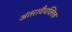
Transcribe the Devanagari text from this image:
अंतरावैयक्तिक